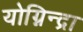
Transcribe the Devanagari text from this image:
योग्निन्द्रा